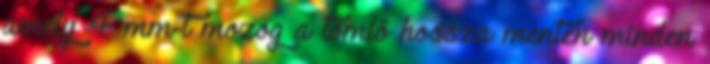
amely 4 mm-t mozog a tömlõ hossza mentén minden